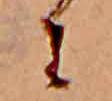
に